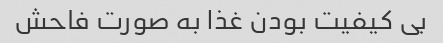
بی کیفیت بودن غذا به صورت فاحش